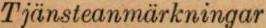
Tjänsteanmärkningar